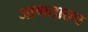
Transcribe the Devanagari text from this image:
जाणतातच